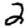
Digit: 2